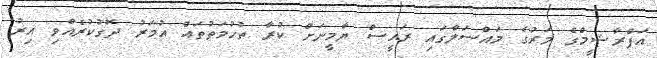
އަފްރާޝީމްގެ މަރުގެ މައްސަލާގައި ރައީސް ޔާމީނަށް ކުރާ ތުހުމަތުތައް އުމަރު ދޮގުކުރެއްވި އިރު